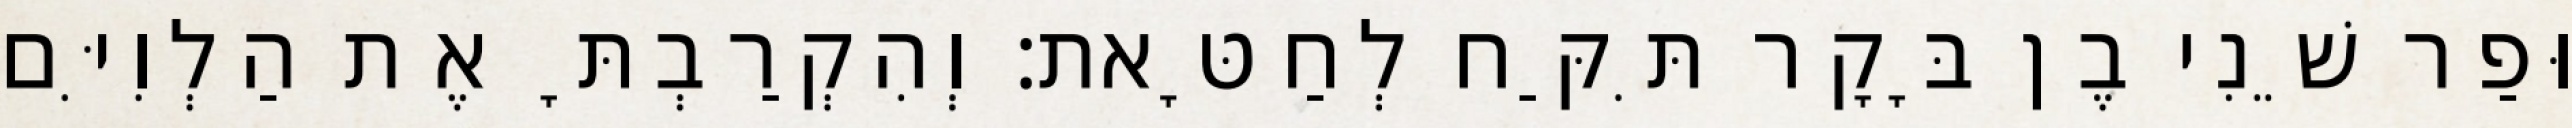
וּפַר שֵׁנִי בֶן בָּקָר תִּקַּח לְחַטָּאת׃ וְהִקְרַבְתָּ אֶת הַלְוִיִּם